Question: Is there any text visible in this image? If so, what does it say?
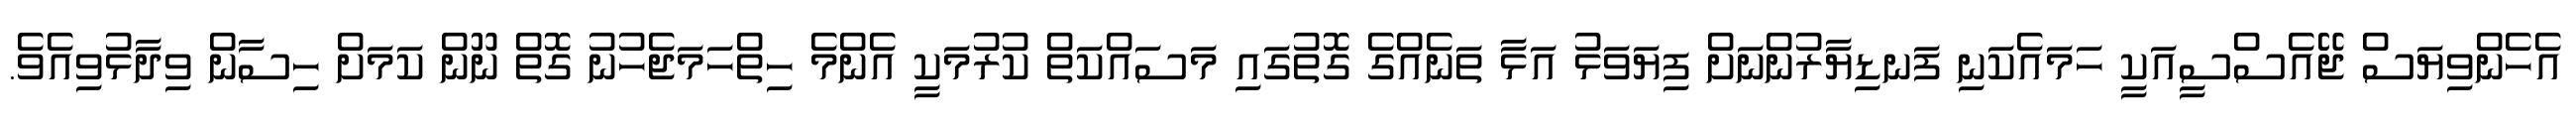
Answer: އެހެންވިޔަސް ޖޭއެސްސީއަކީ ހަމައެކަނި ފަނޑިޔާރުންނަށް ފިޔަވަޅު އަޅާ ތަނެއްގެ ގޮތުގައި މަސައްކަތް ކުރުމަކީ އެންމެ ހިތްހަމަޖެހުނު ގޮތް ނޫން ކަމަށް ހިސާން ވިދާޅުވިއެވެ.